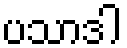
ပသာဒါ